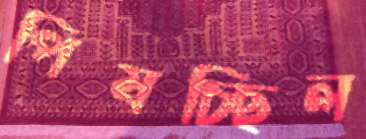
পিষচ্ছিল